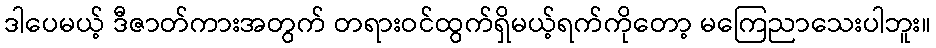
ဒါပေမယ့် ဒီဇာတ်ကားအတွက် တရားဝင်ထွက်ရှိမယ့်ရက်ကိုတော့ မကြေညာသေးပါဘူး။